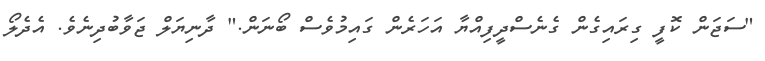
"ސަޖަން ކޮފީ ގިރައިގެން ގެނެސްދީފިއްޔާ އަހަރެން ގައިމުވެސް ބޯނަން." ދާނިޔަލް ޖަވާބުދިނެވެ. އެދެލޯ